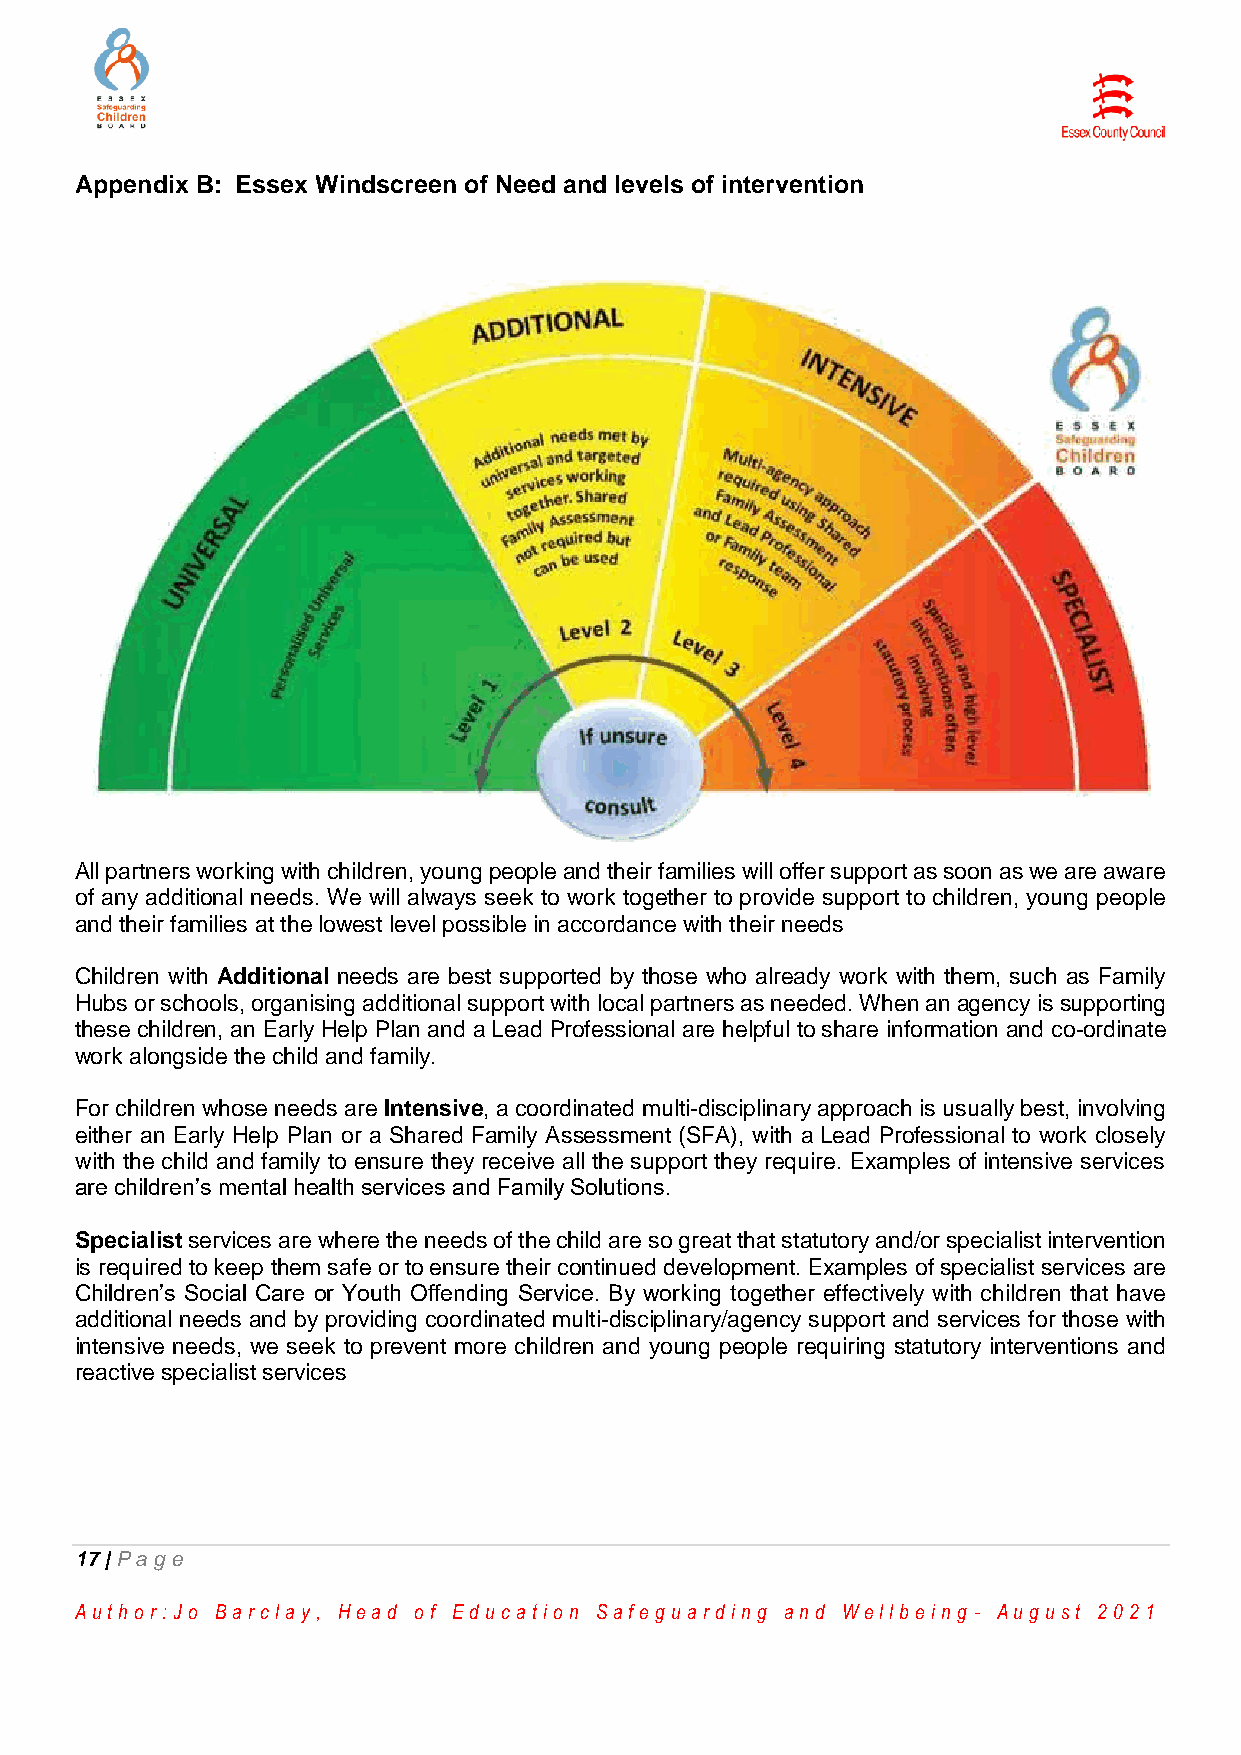
Appendix B: Essex Windscreen of Need and levels of intervention
 All partners working with children, young people and their families will offer support as soon as we are aware
 of any additional needs. We will always seek to work together to provide support to children, young people
 and their families at the lowest level possible in accordance with their needs
 Children with Additional needs are best supported by those who already work with them, such as Family
 Hubs or schools, organising additional support with local partners as needed. When an agency is supporting
 these children, an Early Help Plan and a Lead Professional are helpful to share information and co-ordinate
 work alongside the child and family.
 For children whose needs are Intensive, a coordinated multi-disciplinary approach is usually best, involving
 either an Early Help Plan or a Shared Family Assessment (SFA), with a Lead Professional to work closely
 with the child and family to ensure they receive all the support they require. Examples of intensive services
 are children’s mental health services and Family Solutions.
 Specialist services are where the needs of the child are so great that statutory and/or specialist intervention
 is required to keep them safe or to ensure their continued development. Examples of specialist services are
 Children’s Social Care or Youth Offending Service. By working together effectively with children that have
 additional needs and by providing coordinated multi-disciplinary/agency support and services for those with
 intensive needs, we seek to prevent more children and young people requiring statutory interventions and
 reactive specialist services
 17 | Pa ge
 Au th o r :Jo Ba r cla y, He a d o f Ed u ca tio n Sa fe g u a r d in g a n d We llb e in g - Au g u st 2 0 2 1